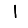
Digit: 1